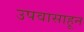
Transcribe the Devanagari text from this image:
उपवासाहून